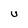
Character: U